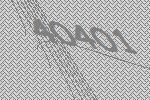
40401